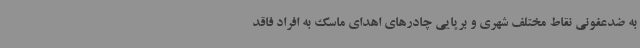
به ضدعفونی نقاط مختلف شهری و برپایی چادرهای اهدای ماسک به افراد فاقد